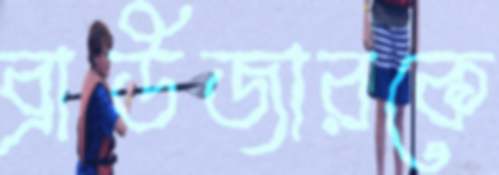
ব্রাউজারকে